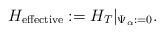
LaTeX: \begin{align*}H_{{\rm{effective}}}:=H_{T}|_{\Psi_{\alpha}:=0}.\end{align*}